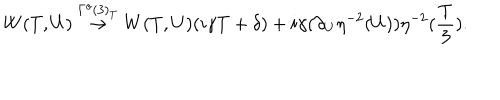
LaTeX: W ( T , U ) \stackrel { \Gamma ^ { o } ( 3 ) _ { T } } { \rightarrow } W ( T , U ) ( i \gamma T + \delta ) + i \gamma ( \partial _ { U } \eta ^ { - 2 } ( U ) ) \eta ^ { - 2 } ( \frac { T } { 3 } ) .